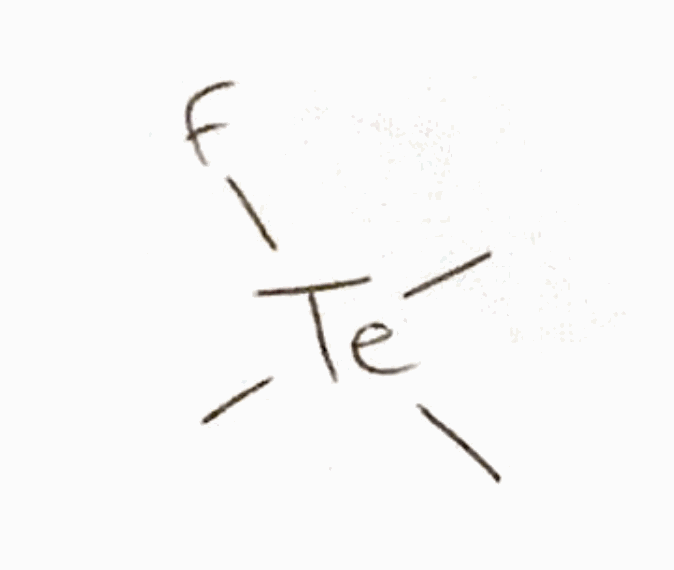
Simplified molecular-input line-entry system (SMILES) notation of the given molecule:
C[Te](C)(C)F